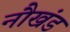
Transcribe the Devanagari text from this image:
नौखंड